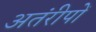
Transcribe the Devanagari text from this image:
अतंरीपों